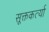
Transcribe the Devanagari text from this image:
सूक्तकर्त्या